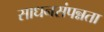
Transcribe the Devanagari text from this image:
साधनसंपन्नता